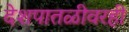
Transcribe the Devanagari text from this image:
देशपातळीवरही